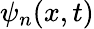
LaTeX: \psi_{n}(x,t)